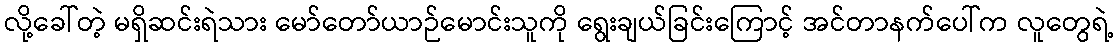
လို့ခေါ်တဲ့ မရှိဆင်းရဲသား မော်တော်ယာဉ်မောင်းသူကို ရွေးချယ်ခြင်းကြောင့် အင်တာနက်ပေါ်က လူတွေရဲ့